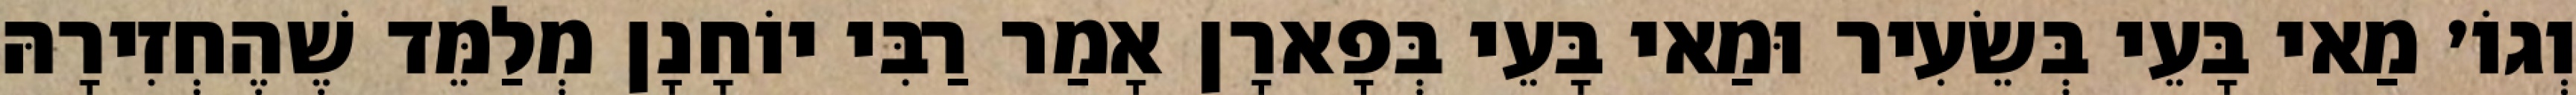
וְגוֹ׳ מַאי בָּעֵי בְּשֵׂעִיר וּמַאי בָּעֵי בְּפָארָן אָמַר רַבִּי יוֹחָנָן מְלַמֵּד שֶׁהֶחְזִירָהּ